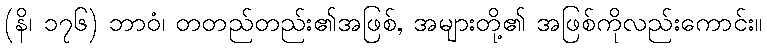
(နိ၊ ၁၇၆) ဘာဝံ၊ တတည်တည်း၏အဖြစ်, အများတို့၏ အဖြစ်ကိုလည်းကောင်း။